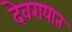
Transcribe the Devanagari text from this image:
देवरायात